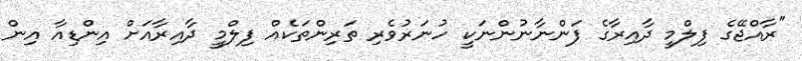
"ރާއްޖޭގެ ފިލްމީ ދާއިރާގެ ފަންނާނުންނަކީ ހުނަރުވެރި ތަރިންތަކެއް ފިލްމީ ދާއިރާއަށް އިންޑިއާ އިން